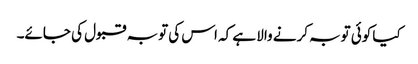
کیا کوئی توبہ کرنے والا ہے کہ اس کی توبہ قبول کی جائے۔